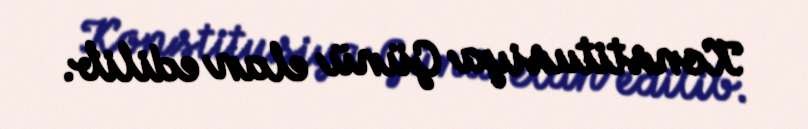
Konstitusiya Günü elan edilib.